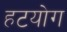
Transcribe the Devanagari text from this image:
हटयोग